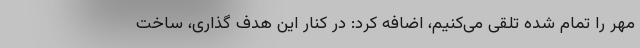
مهر را تمام شده تلقی‌ می‌کنیم، اضافه کرد: در کنار این هدف گذاری، ساخت